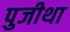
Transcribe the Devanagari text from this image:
पुजीथा